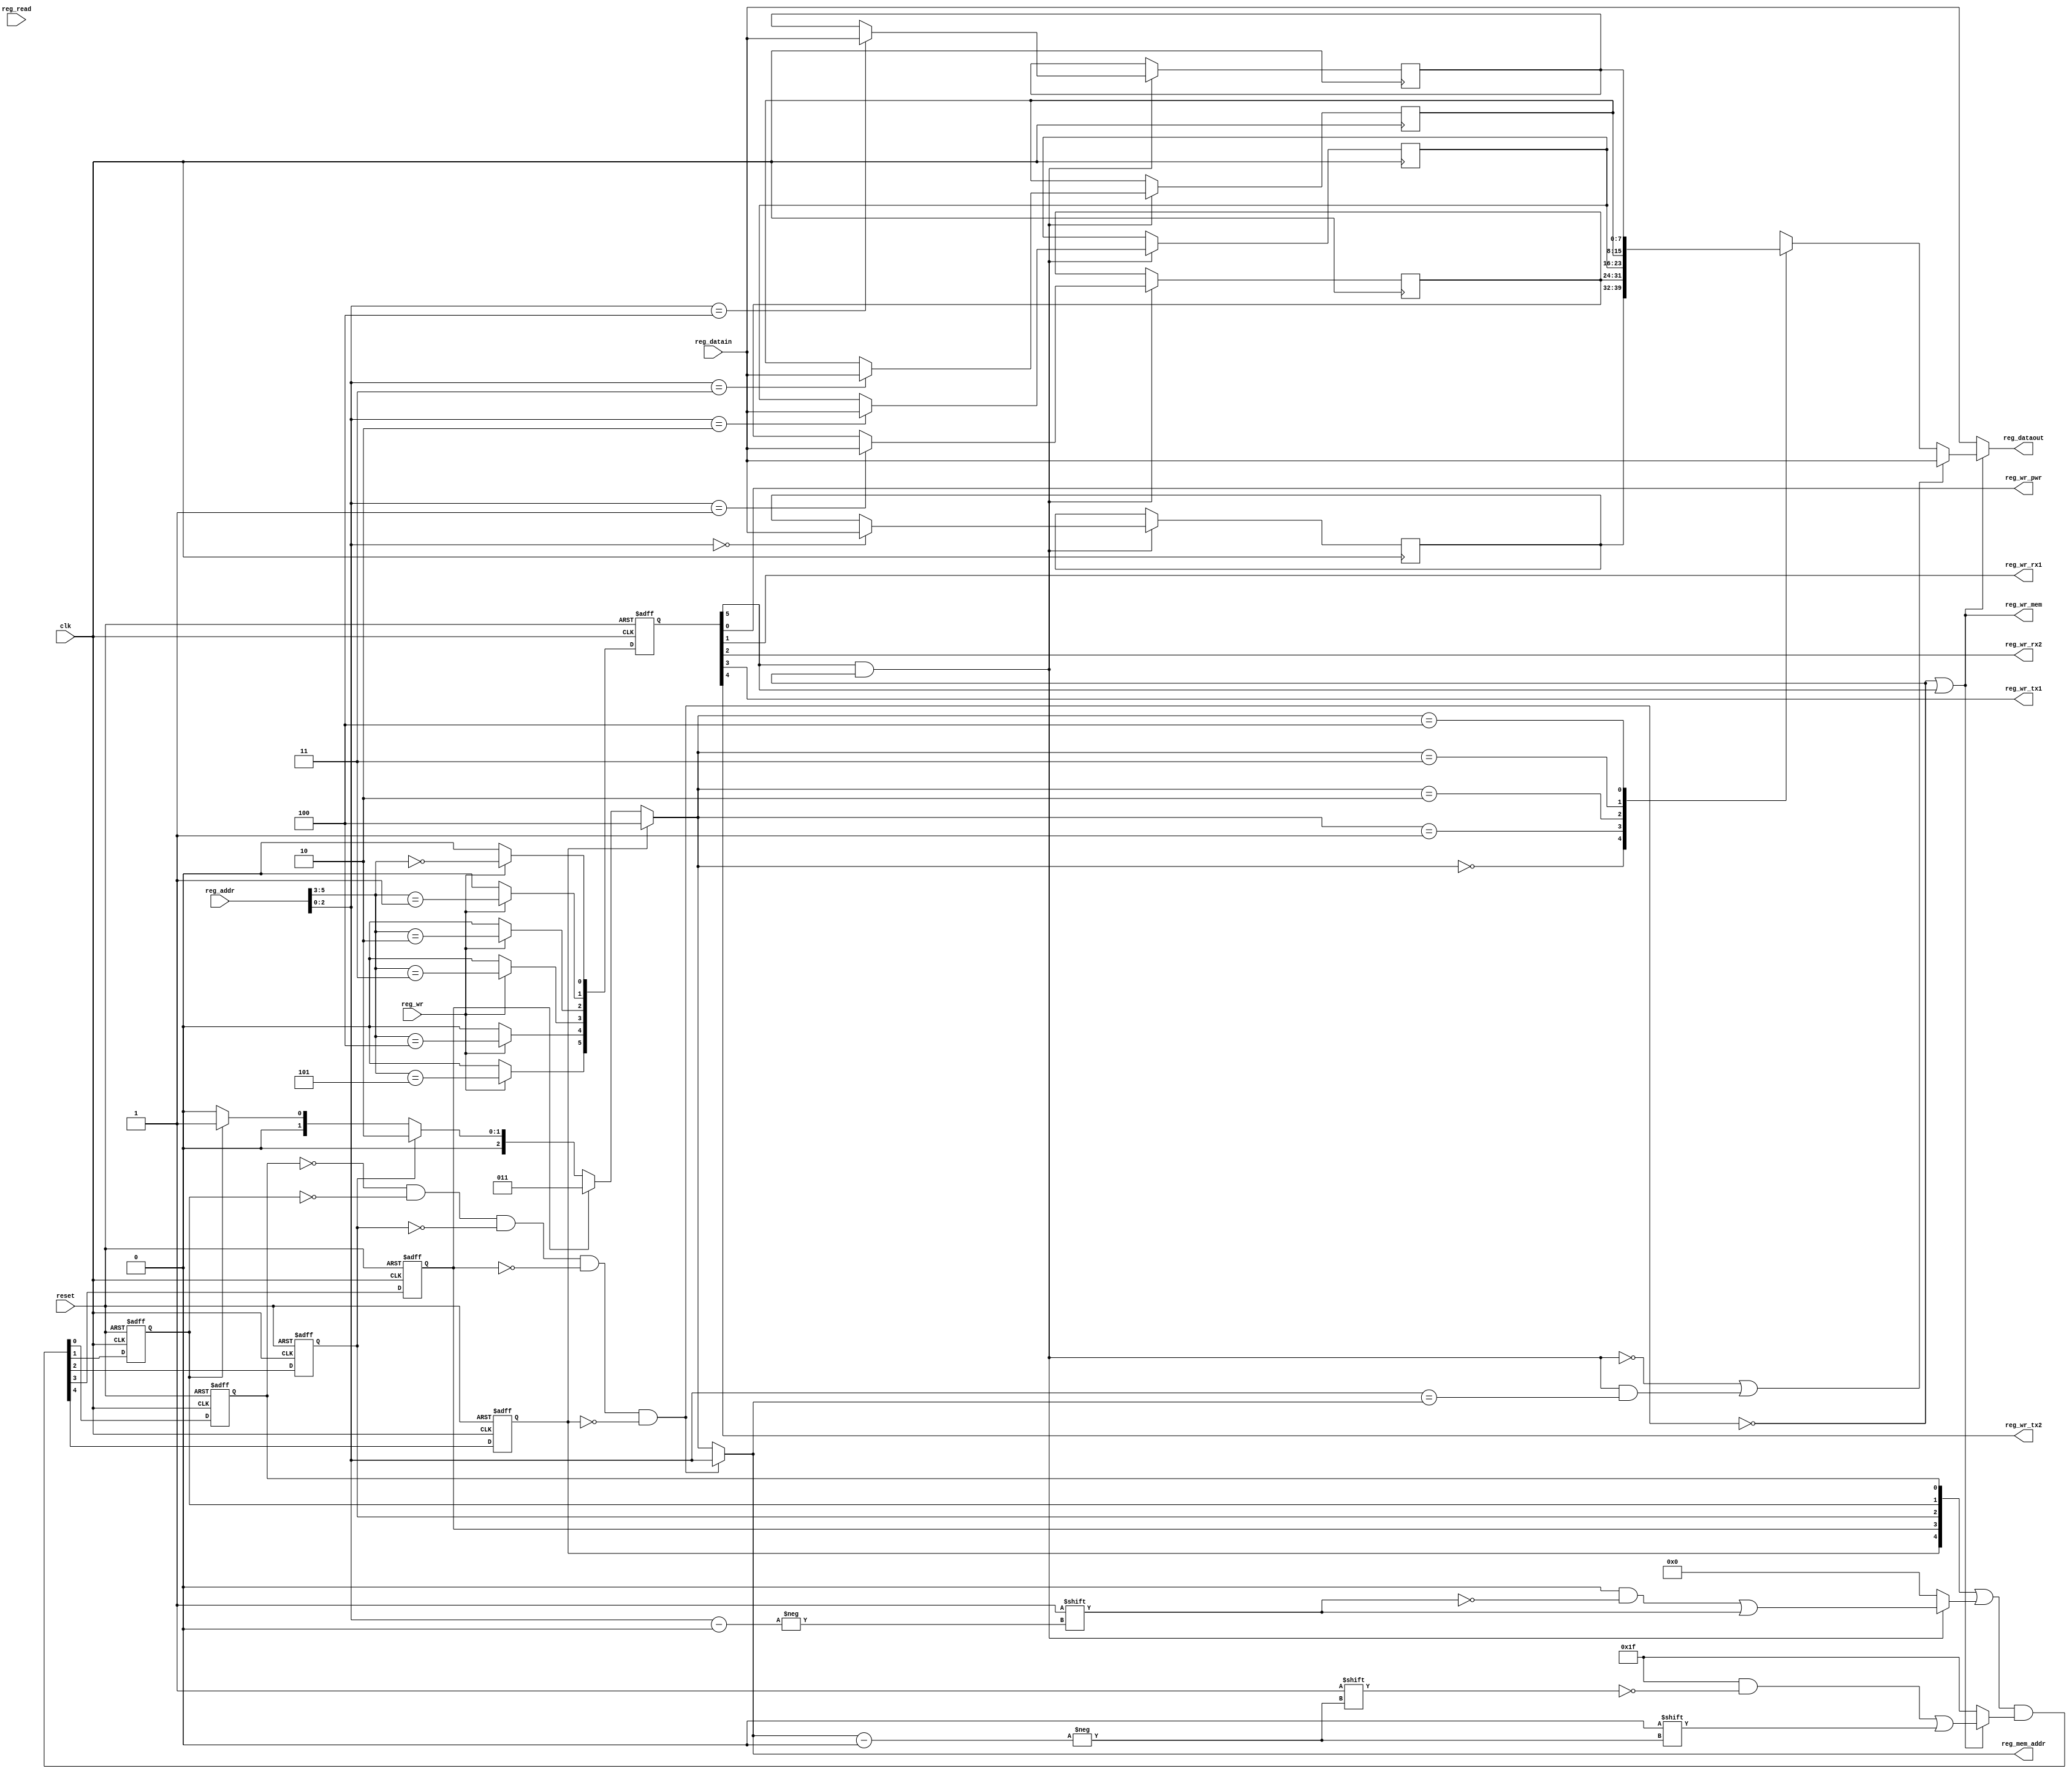
//module csr (clk, reset, reg_datain, reg_dataout, reg_read, reg_wr, reg_addr,
//            reg_wr_pwr, reg_wr_rx1, reg_wr_rx2, reg_wr_tx1, reg_wr_tx2, reg_wr_mem, reg_mem_addr,
//            pwr_up);

module csr (clk, reset, reg_datain, reg_dataout, reg_read, reg_wr, reg_addr,
            reg_wr_pwr, reg_wr_rx1, reg_wr_rx2, reg_wr_tx1, reg_wr_tx2, reg_wr_mem, reg_mem_addr);

parameter PWR = 4'd0;
parameter RX1 = 4'd1;
parameter RX2 = 4'd2;
parameter TX1 = 4'd3;
parameter TX2 = 4'd4;
parameter MEM = 4'd5;

input clk, reset;
input reg_read;
//input pwr_up;
input [7:0] reg_datain;
output [7:0] reg_dataout;

input [5:0] reg_addr;
input reg_wr;

output reg_wr_pwr;
output reg_wr_rx1;
output reg_wr_rx2;
output reg_wr_tx1;
output reg_wr_tx2;
output reg_wr_mem;
output [2:0] reg_mem_addr;

reg [5:0] reg_wr_all;
wire reg_wr_pwr = reg_wr_all[0];
wire reg_wr_rx1 = reg_wr_all[1];
wire reg_wr_rx2 = reg_wr_all[2];
wire reg_wr_tx1 = reg_wr_all[3];
wire reg_wr_tx2 = reg_wr_all[4];

//LL need to register csr to memory
reg [2:0] temp_csr_mem_addrout;

reg [8:0] temp_csr_mem[0:4];

wire temp_csr_mem_empty = ~temp_csr_mem[0][8] & 
                          ~temp_csr_mem[1][8] &
                          ~temp_csr_mem[2][8] &
                          ~temp_csr_mem[3][8] &
                          ~temp_csr_mem[4][8];

//wire reg_wr_mem = pwr_up && (!temp_csr_mem_empty | reg_wr_all[5]);
//wire [2:0] reg_mem_addr = temp_csr_mem_empty?reg_addr[2:0]:temp_csr_mem_addrout;
//wire temp_csr_mem_wr = (!pwr_up && reg_wr_all[5]) || (pwr_up && reg_wr_all[5] && !temp_csr_mem_empty);

wire reg_wr_mem = !temp_csr_mem_empty | reg_wr_all[5];
wire [2:0] reg_mem_addr = temp_csr_mem_empty?reg_addr[2:0]:temp_csr_mem_addrout;
wire temp_csr_mem_wr = reg_wr_all[5] && !temp_csr_mem_empty;

reg [4:0] temp_set, temp_reset;

//LL need to work on
wire [7:0] reg_dataout = reg_wr_mem?((!temp_csr_mem_wr||(temp_csr_mem_wr && (reg_addr[2:0]==reg_mem_addr)))? reg_datain: temp_csr_mem[temp_csr_mem_addrout][7:0]):reg_datain;

always @*
  begin
      temp_set = 5'd0;
      temp_reset = 5'b11111;
      if (temp_csr_mem_wr) temp_set[reg_addr[2:0]] = 1'b1;
      if (reg_wr_mem) temp_reset[reg_mem_addr] = 1'b0;
  end
integer ii;
always @*
  begin
     temp_csr_mem_addrout = 3'd0;
     for (ii=0; ii<5; ii=ii+1)
        if (temp_csr_mem[ii][8]) temp_csr_mem_addrout = ii;
  end

always @(posedge clk) begin
        if (temp_csr_mem_wr) temp_csr_mem[reg_addr[2:0]][7:0] <= reg_datain;
     
end
always @(posedge clk or posedge reset)
        if (reset) begin
            temp_csr_mem[0][8] <= 1'b0;
            temp_csr_mem[1][8] <= 1'b0;
            temp_csr_mem[2][8] <= 1'b0;
            temp_csr_mem[3][8] <= 1'b0;
            temp_csr_mem[4][8] <= 1'b0;
        end
        else begin
           {temp_csr_mem[4][8], temp_csr_mem[3][8], temp_csr_mem[2][8], temp_csr_mem[1][8], temp_csr_mem[0][8]} <=
             (({temp_csr_mem[4][8], temp_csr_mem[3][8], temp_csr_mem[2][8], temp_csr_mem[1][8], temp_csr_mem[0][8]}|temp_set)&
                    temp_reset); 
       
        end

wire reg_wr_mem_tmp = reg_wr_all[5];

reg [7:0] reg_data;

always @(posedge clk)
    reg_data <= reg_datain;

always @(posedge clk or posedge reset)
    if (reset) begin
          reg_wr_all <= 6'd0;
    end
    else if (reg_wr) begin
       reg_wr_all[0] <= reg_addr[5:3]==3'd0;
       reg_wr_all[1] <= reg_addr[5:3]==3'd1;
       reg_wr_all[2] <= reg_addr[5:3]==3'd2;
       reg_wr_all[3] <= reg_addr[5:3]==3'd3;
       reg_wr_all[4] <= reg_addr[5:3]==3'd4;
       reg_wr_all[5] <= reg_addr[5:3]==3'd5;
    end
    else reg_wr_all <= 6'd0;
          

endmodule